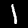
Label: 1